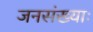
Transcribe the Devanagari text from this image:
जनसंख्याः